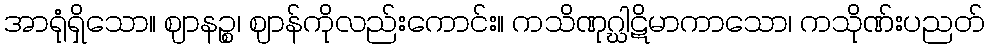
အာရုံရှိသော။ ဈာနဉ္စ၊ ဈာန်ကိုလည်းကောင်း။ ကသိဏုဂ္ဃါဋိမာကာသော၊ ကသိုဏ်းပညတ်